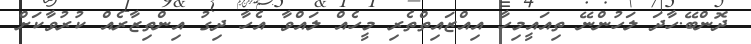
ދޮންބޭ.ހާދަ ލަހުންނޭ ތިއައީމިހާ އިއްޒައިތްތެރި މީހެއް ލައްވާ އެހާ ދިގު އިންތިޒާރެއް ކުރުވާކަށް